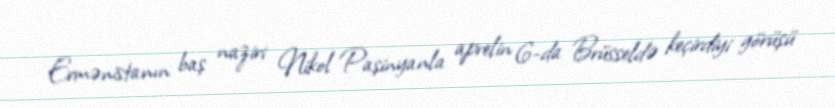
Ermənistanın baş naziri Nikol Paşinyanla aprelin 6-da Brüsseldə keçirdiyi görüşü